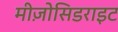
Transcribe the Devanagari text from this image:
मीज़ोसिडराइट